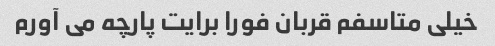
خیلی متاسفم قربان فورا برایت پارچه می آورم